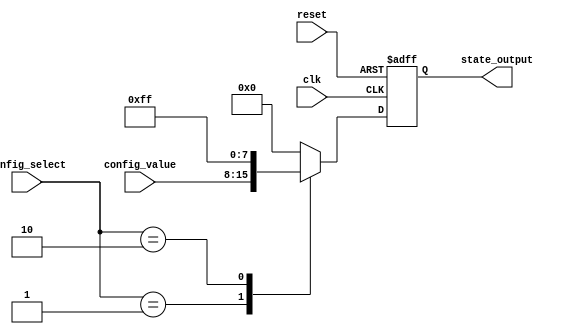
module ConfigurableInit (
    input wire        clk,             // Clock input
    input wire        reset,           // Reset input
    input wire [3:0] config_select,    // Configuration inputs (4-bit selection)
    input wire [7:0] config_value,     // Configuration values for initialization
    output reg [7:0] state_output      // State outputs (8-bit)
);

    // Internal register to hold the initialized value
    reg [7:0] internal_state;
    
    // Combinational logic to determine initial conditions based on config_select
    always @(*) begin
        case (config_select)
            4'b0000: internal_state = 8'b00000000; // Example condition
            4'b0001: internal_state = config_value; // Use provided config_value
            4'b0010: internal_state = 8'b11111111; // Another example condition
            // Add more cases as required
            default: internal_state = 8'b00000000; // Default case
        endcase
    end
    
    // Sequential logic for initialization and reset
    always @(posedge clk or posedge reset) begin
        if (reset) begin
            // On reset, set the internal state to a known value
            state_output <= 8'b00000000; // Reset state
        end else begin
            // On positive clock edge, update state_output with initialized values
            state_output <= internal_state; // Load new initialized state
        end
    end

endmodule